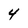
Character: 4